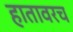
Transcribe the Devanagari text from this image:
हातावरच